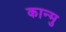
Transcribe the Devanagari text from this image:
कान्मु